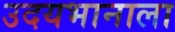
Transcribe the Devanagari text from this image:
उदयभानाला